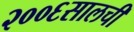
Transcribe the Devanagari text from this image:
२००६सालची